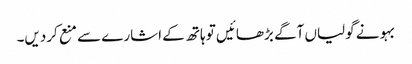
بہو نے گولیاں آگے بڑھائیں تو ہاتھ کے اشارے سے منع کردیں۔